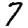
Digit: 7